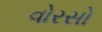
વોરસો